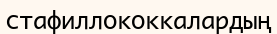
стафиллококкалардың